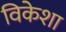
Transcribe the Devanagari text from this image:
विकेशा